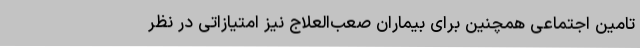
تامین اجتماعی همچنین برای بیماران صعب‌العلاج نیز امتیازاتی در نظر